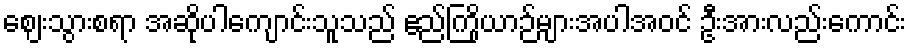
ဈေးသွားစရာ အဆိုပါကျောင်းသူသည် ဧည်ကြိုယာဉ်များအပါအဝင် ဦးအားလည်းကောင်း